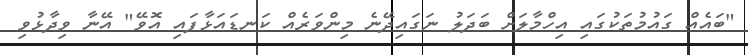
"ބައެއް ގައުމުތަކުގައި އިހްމާލަށް ބަދަލު ނަގައިދޭނެ މިންވަރެއް ކަނޑައަޅާފައި އޮވޭ" އޭނާ ވިދާޅުވި